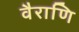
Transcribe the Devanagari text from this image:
वैराणि